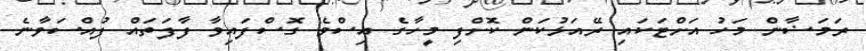
ރަމަޟާން މަހު އަށްޓަކައި ރޭއަޅުކަން ކޮށްފި މީހާގެ އިސްވެ ގޮސްފައިވާ ފާފަތައް ފުއްސަވާނެ